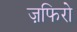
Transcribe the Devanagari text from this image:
ज़फिरो